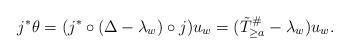
LaTeX: \begin{align*} j^*\theta = (j^*\circ(\Delta-\lambda_w)\circ j)u_w=(\tilde T^{\#}_{\geq a}-\lambda_w)u_w. \end{align*}